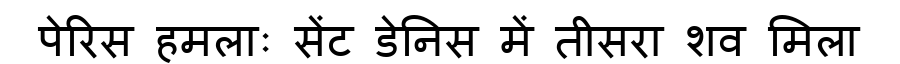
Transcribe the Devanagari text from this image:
पेरिस हमलाः सेंट डेनिस में तीसरा शव मिला